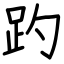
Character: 趵